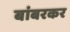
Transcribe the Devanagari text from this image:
बांबरकर